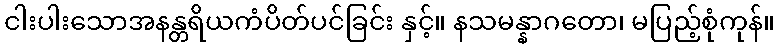
ငါးပါးသောအနန္တရိယကံပိတ်ပင်ခြင်း နှင့်။ နသမန္နာဂတော၊ မပြည့်စုံကုန်။